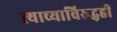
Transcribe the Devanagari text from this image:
त्याच्याविरुद्धही